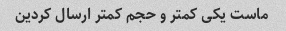
ماست یکی کمتر و حجم کمتر ارسال کردین